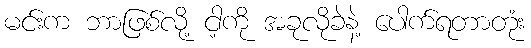
မင်းက ဘာဖြစ်လို့ ငါ့ကို အခုလိုခဲနဲ့ ပေါက်ရတာတုံး